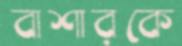
বাশারকে